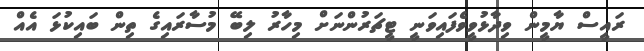
ރައީސް ޔާމީން ވިދާޅުވީވެފައިވަނީ ޓީޗަރުންނަށް މިހާރު ލިބޭ މުސާރައިގެ ތިން ބައިކުޅަ އެއް